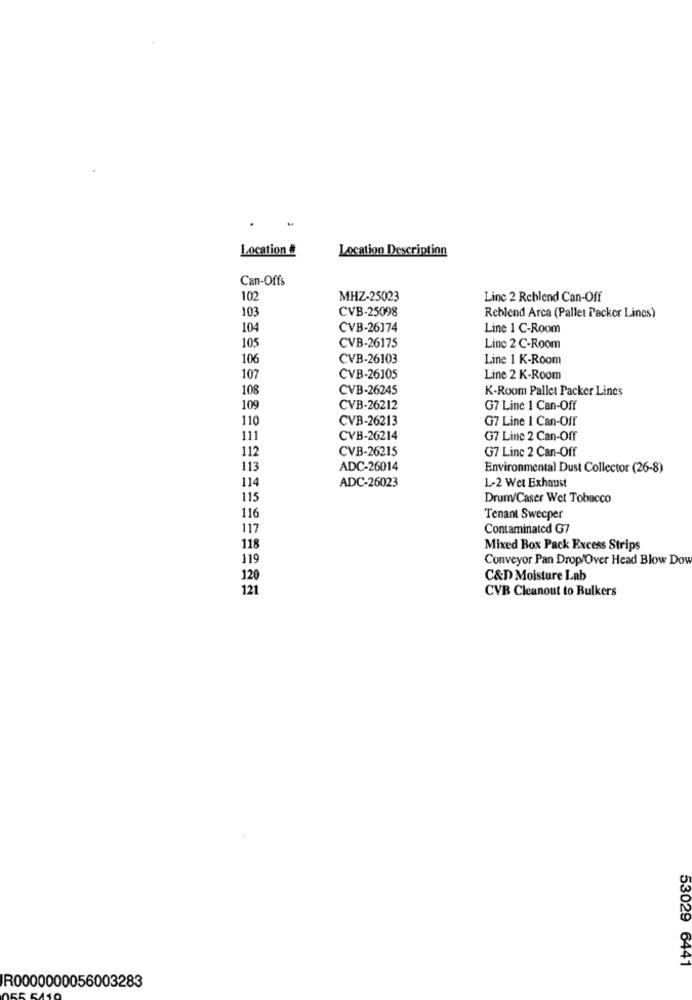
Location
Location Description
Can-Offs
102
MHZ-25023
Line 2 Reblend Can-Off
103
CVB-25098
Reblend Arca (Pallet Packer Lines)
104
CVB-26174
Line 1 C-Room
CVB-26175
105
Linc 2 C-Room
106
CVB-26103
Line 1 K-Room
107
CVB-26105
Line 2 K-Room
108
CVB-26245
K-Room Pallet Packer Lines
109
CVB-26212
G7 Line 1 Can-Off
110
CVB-26213
G7 Line 1 Can-Off
111
CVB-26214
G7 Line 2 Can-Off
112
CVB-26215
G7 Line 2 Can-Off
113
ADC-26014
Environmental Dust Collector (26-8)
ADC-26023
114
L-2 Wet Exhaust
115
Drum/Caser Wet Tobacco
116
Tenant Sweeper
117
Contaminated G7
118
Mixed Box Pack Excess Strips
119
Conveyor Pan Drop/Over Head Blow Dow
120
C&D Moisture Lab
121
CVB Cleanout to Bulkers
53029 6441
R0000000056003283